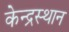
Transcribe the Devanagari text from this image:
केन्द्रस्थान